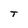
Character: T